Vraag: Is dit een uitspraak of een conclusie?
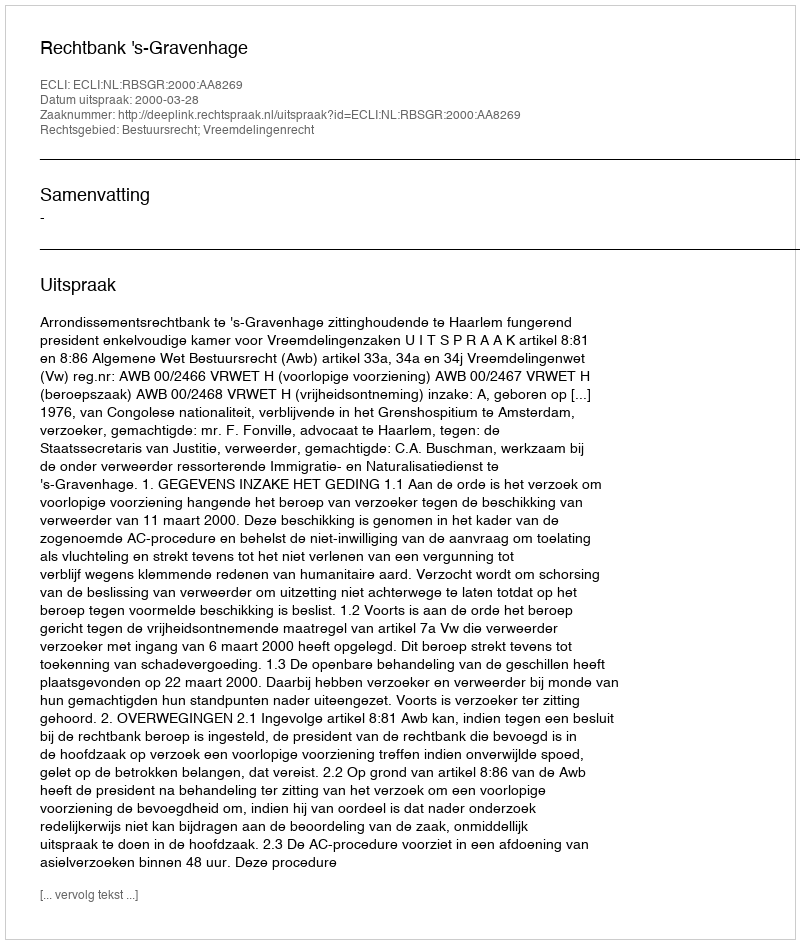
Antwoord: Uitspraak